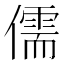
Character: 儒